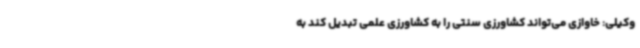
وکیلی: خاوازی می‌تواند کشاورزی سنتی را به کشاورزی علمی تبدیل کند به